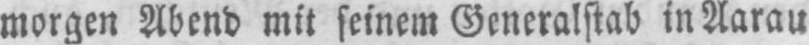
morgen Abend mit seinem Generalstab in Aarau